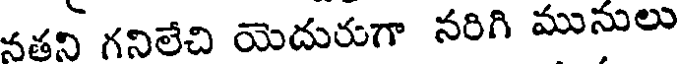
నతని గనిలేచి యెదురుగా నరిగి మునులు